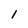
Character: l